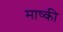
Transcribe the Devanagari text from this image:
माष्की